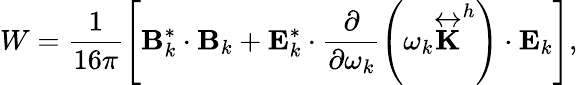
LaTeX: W=\frac{1}{16\pi}\left[\mathbf{{B}}_{k}^{\ast}\cdot\mathbf{{B}}_{k}+\mathbf{{E}}_{k}^{\ast}\cdot\frac{\partial}{\partial\omega_{k}}\left(\omega_{k}\overleftrightarrow{\mathbf{K}}^{h}\right)\cdot\mathbf{{E}}_{k}\right],